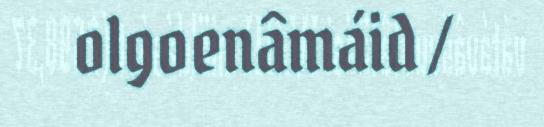
olgoenâmáid /